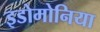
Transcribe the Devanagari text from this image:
इडोमोनिया